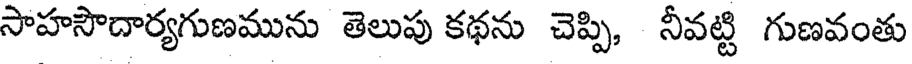
సాహసౌదార్యగుణమును తెలుపు కథను చెప్పి, నీవట్టి గుణవంతు